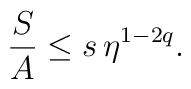
{S\over A} \leq s\, \eta^{1-2q}.